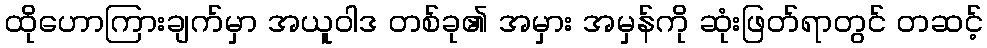
ထိုဟောကြားချက်မှာ အယူဝါဒ တစ်ခု၏ အမှား အမှန်ကို ဆုံးဖြတ်ရာတွင် တဆင့်